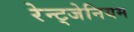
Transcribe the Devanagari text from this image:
रेन्ट्जेनियम